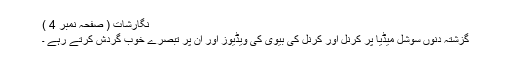
نگارشات ( صفحہ نمبر 4 )
گزشتہ دنوں سوشل میڈیا پر کرنل اور کرنل کی بیوی کی ویڈیوز اور ان پر تبصرے خوب گردش کرتے رہے ۔